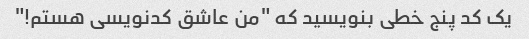
یک کد پنج خطی بنویسید که "من عاشق کدنویسی هستم!"